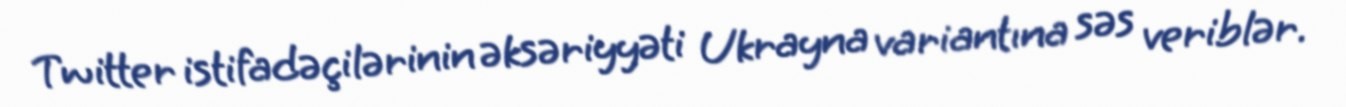
Twitter istifadəçilərinin əksəriyyəti Ukrayna variantına səs veriblər.